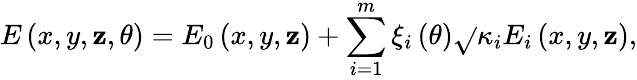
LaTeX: E\left(x,y,\mathbf{z},\theta\right)=E_{0}\left(x,y,\mathbf{z}\right)+\sum_{i=1}^{m}\xi_{i}\left(\theta\right)\sqrt{}{{\kappa_{i}}}E_{i}\left(x,y,\mathbf{z}\right),